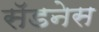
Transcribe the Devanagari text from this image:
सॅडनेस